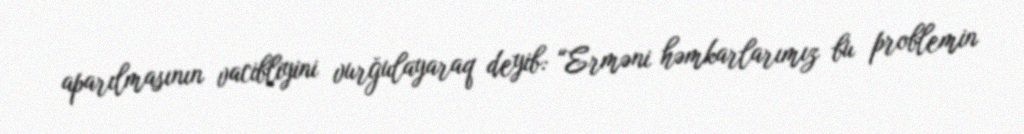
aparılmasının vacibliyini vurğulayaraq deyib: “Erməni həmkarlarımız bu problemin